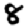
Digit: 8